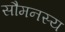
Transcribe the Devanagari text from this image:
सौमनस्य